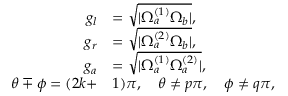
\begin{array} { r l } { g _ { l } } & { = \sqrt { | \Omega _ { a } ^ { ( 1 ) } \Omega _ { b } | } , } \\ { g _ { r } } & { = \sqrt { | \Omega _ { a } ^ { ( 2 ) } \Omega _ { b } | } , } \\ { g _ { a } } & { = \sqrt { | \Omega _ { a } ^ { ( 1 ) } \Omega _ { a } ^ { ( 2 ) } | } , } \\ { \theta \mp \phi = ( 2 k + } & { 1 ) \pi , \quad \theta \neq p \pi , \quad \phi \neq q \pi , } \end{array}